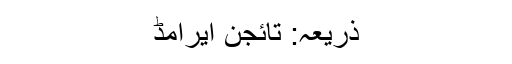
ذریعہ: تائجن ایرامڈ